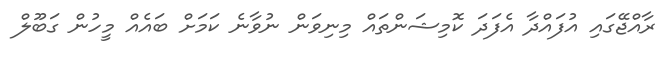
ރާއްޖޭގައި އުފައްދާ އެފަދަ ކޮމިޝަންތައް މިނިވަން ނުވާނެ ކަމަށް ބައެއް މީހުން ގަބޫލް